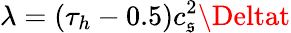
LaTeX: \lambda=\left({{\tau_{h}}-0.5}\right)c_{\mathfrak{s}}^{2}\Deltat